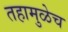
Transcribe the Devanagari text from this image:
तहामुळेच